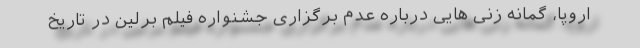
اروپا، گمانه زنی هایی درباره عدم برگزاری جشنواره فیلم برلین در تاریخ